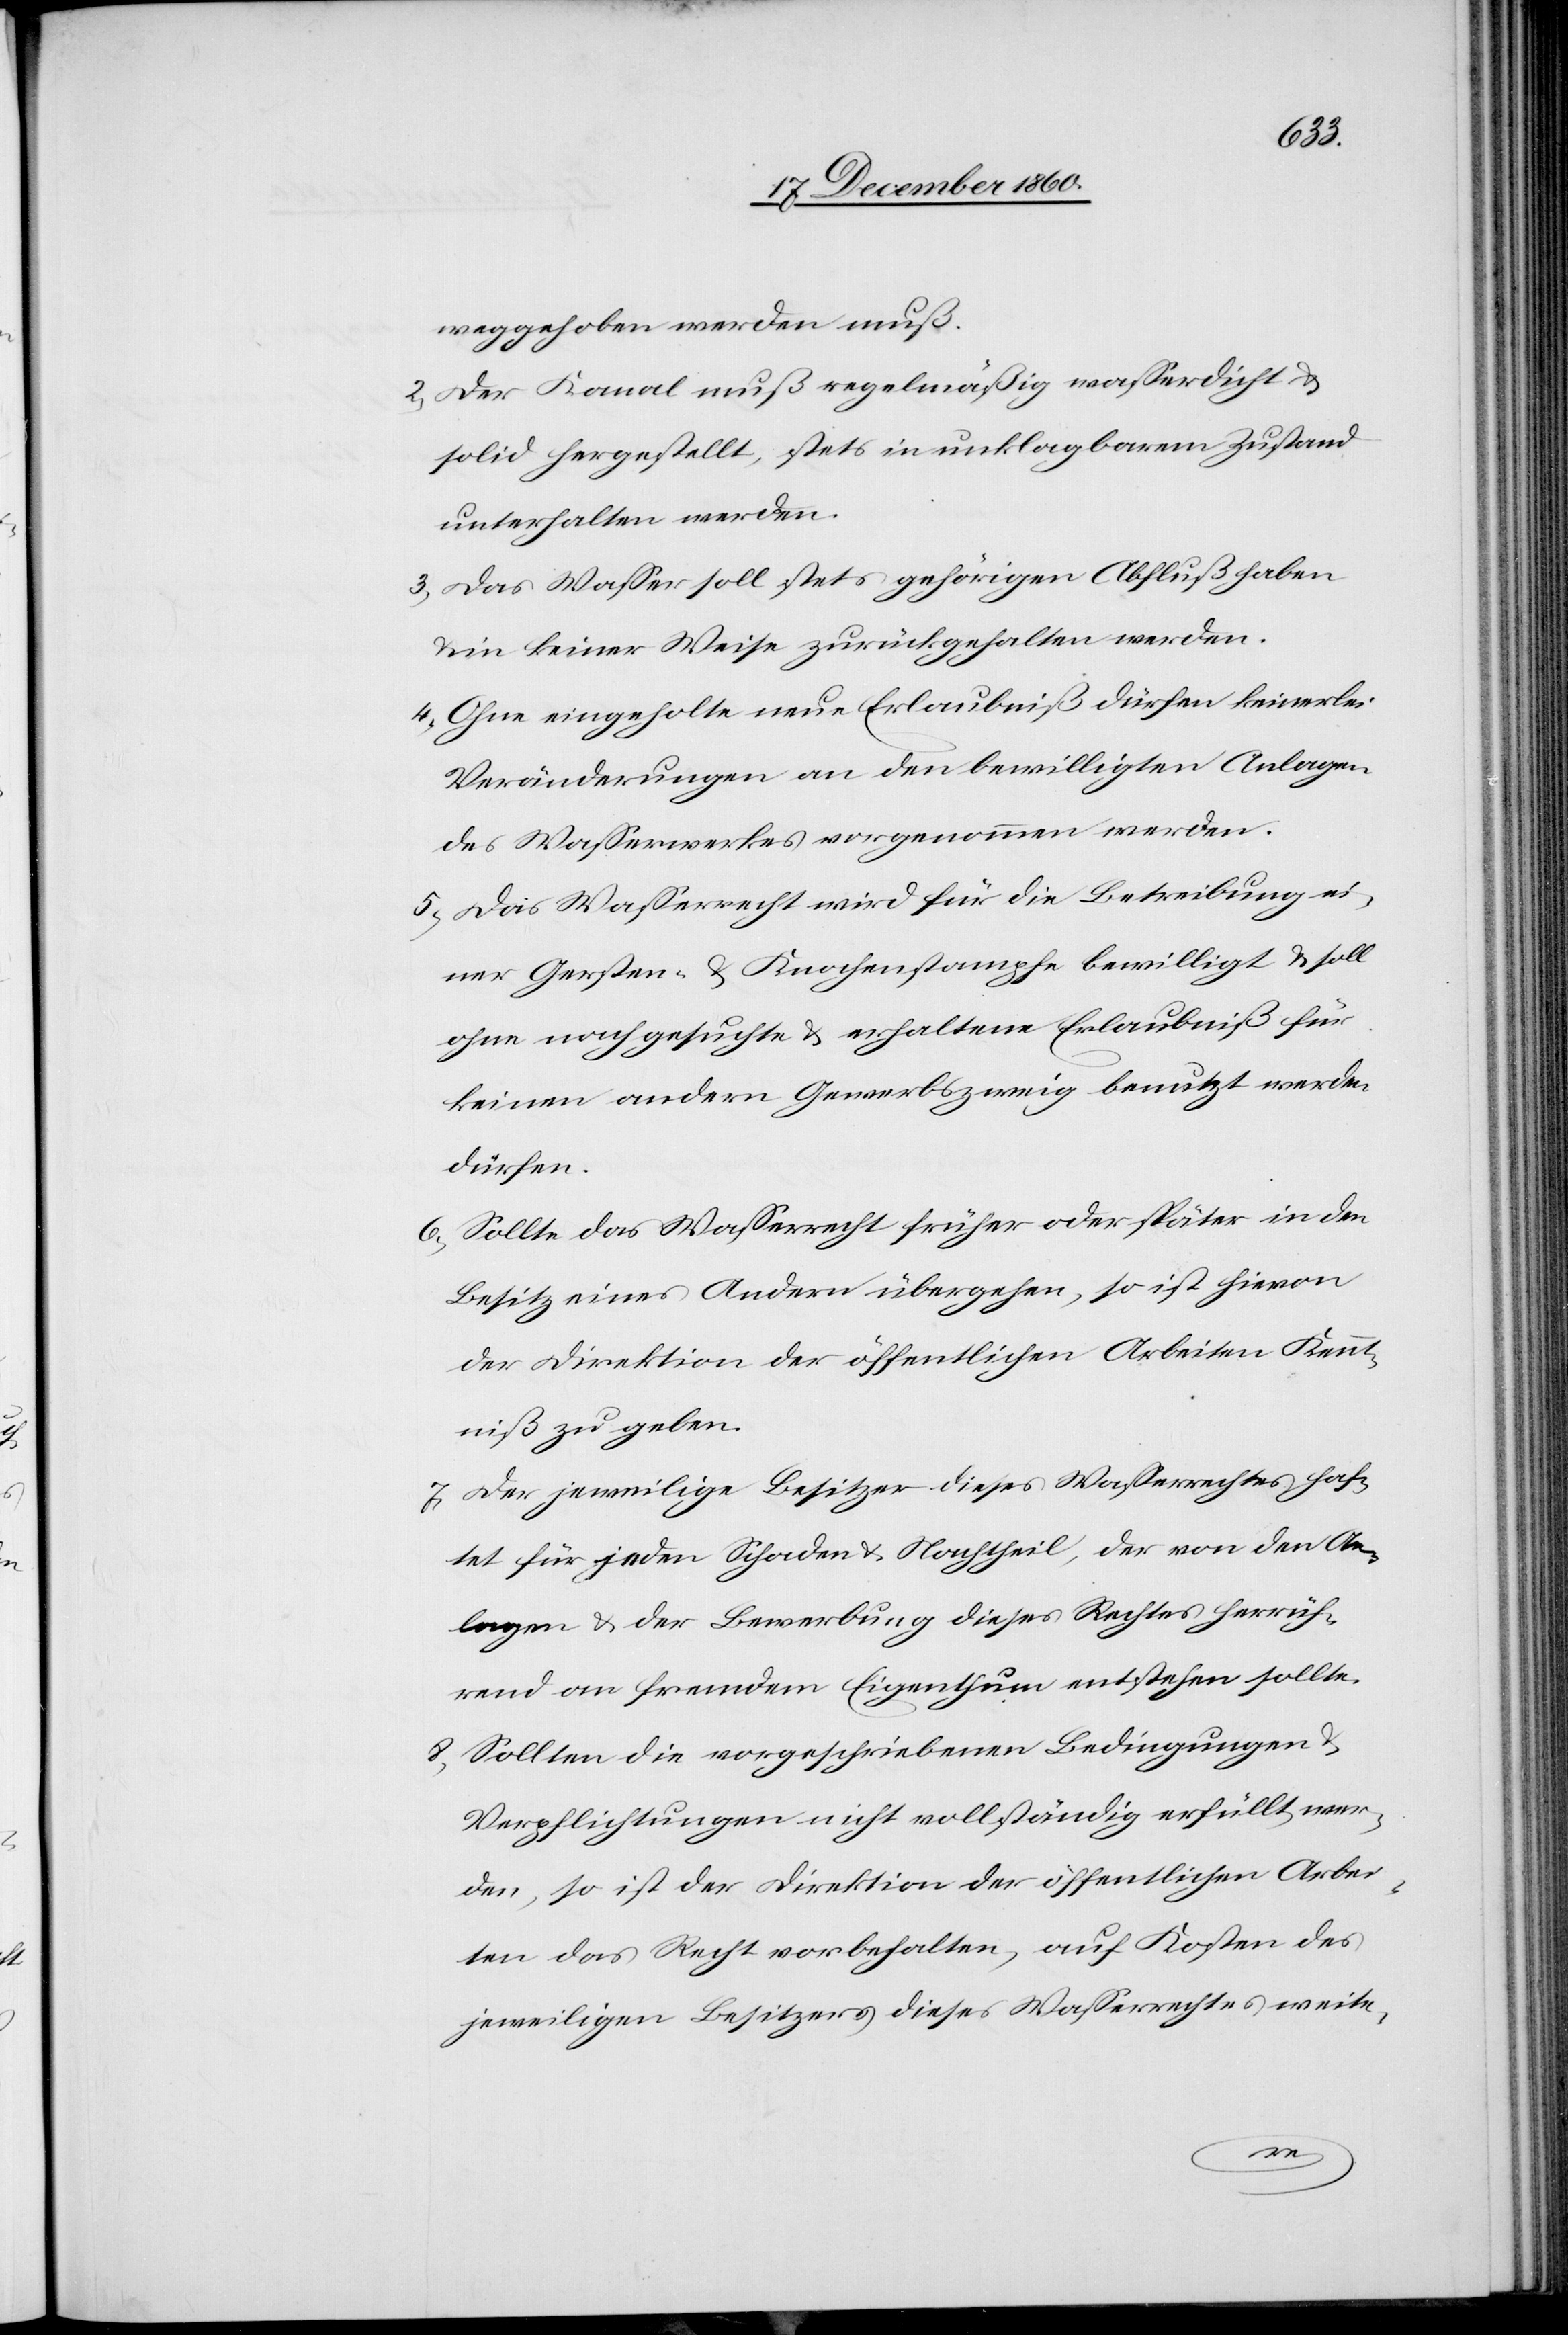
weggehoben werden muß.
2. Der Kanal muß regelmäßig wasserdicht u.
solid hergestellt, stets in unklagbarem Zustand
unerhalten werden.
3. Das Wasser soll stets gehörigen Abfluß haben
u. in keiner Weise zurückgehalten werden.
4. Ohne eingeholte neue Erlaubniß dürfen keinerlei
Veränderungen an den bewilligten Anlagen
des Wasserwerkes vorgenommen werden.
5. Das Wasserrecht wird für die Betreibung ei¬
ner Gersten- u. Knochenstampfe bewilligt u. soll
ohne nachgesuchte u. erhaltene Erlaubniß für
keinen andern Gewerbszweig benutzt werden
dürfen.
6. Sollte das Wasserrecht früher oder später in den
Besitz eines Andern übergehen, so ist hievon
der Direktion der öffentlichen Arbeiten Kennt¬
niß zu geben.
7. Der jeweilige Besitzer dieses Wasserrechtes haf¬
tet für jeden Schaden u. Nachtheil, der von den An¬
lagen u. der Bewerbung dieses Rechtes herrüh¬
rend an fremdem Eigenthum entstehen sollte.
8. Sollten die vorgeschriebenen Bedingungen u.
Verpflichtungen nicht vollständig erfüllt wer¬
den, so ist der Direktion der öffentlichen Arbei¬
ten das Recht vorbehalten, auf Kosten des
jeweiligen Besitzers dieses Wasserrechtes weite-
re